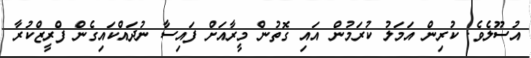
އުސޫލެވެ. ކުރިން އަމަލު ކުރަމުން އައި ގޮތުން މީރާއަށް ފައިސާ ނުދައްކައިގެން ފްރީޒްކުރާ